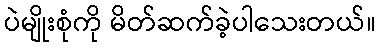
ပဲမျိုးစုံကို မိတ်ဆက်ခဲ့ပါသေးတယ်။